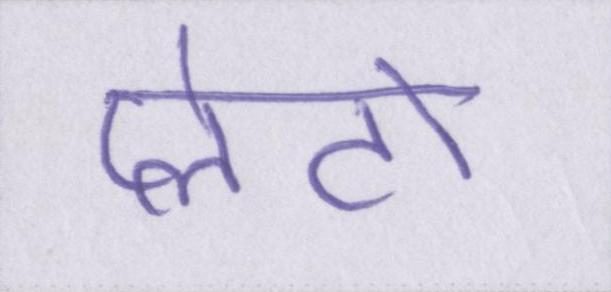
प्लेटो